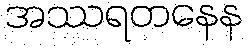
အဿရတနေန